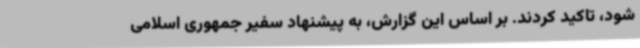
شود، تاکید کردند. بر اساس این گزارش، به پیشنهاد سفیر جمهوری اسلامی